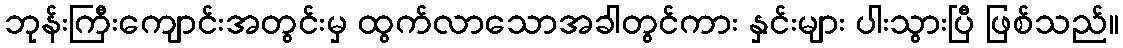
ဘုန်းကြီးကျောင်းအတွင်းမှ ထွက်လာသောအခါတွင်ကား နှင်းများ ပါးသွားပြီ ဖြစ်သည်။